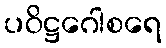
ပဝိဋ္ဌဂေါစရေ